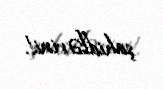
şahidlərini!.